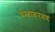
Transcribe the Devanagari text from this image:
चेम्बाकरमण